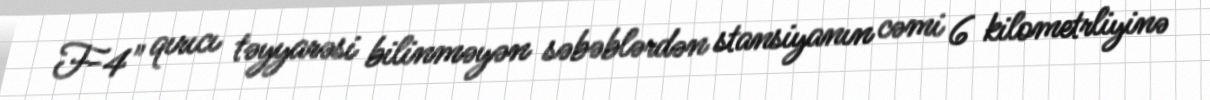
F-4" qırıcı təyyarəsi bilinməyən səbəblərdən stansiyanın cəmi 6 kilometrliyinə